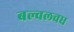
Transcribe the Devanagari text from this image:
बल्वलवध